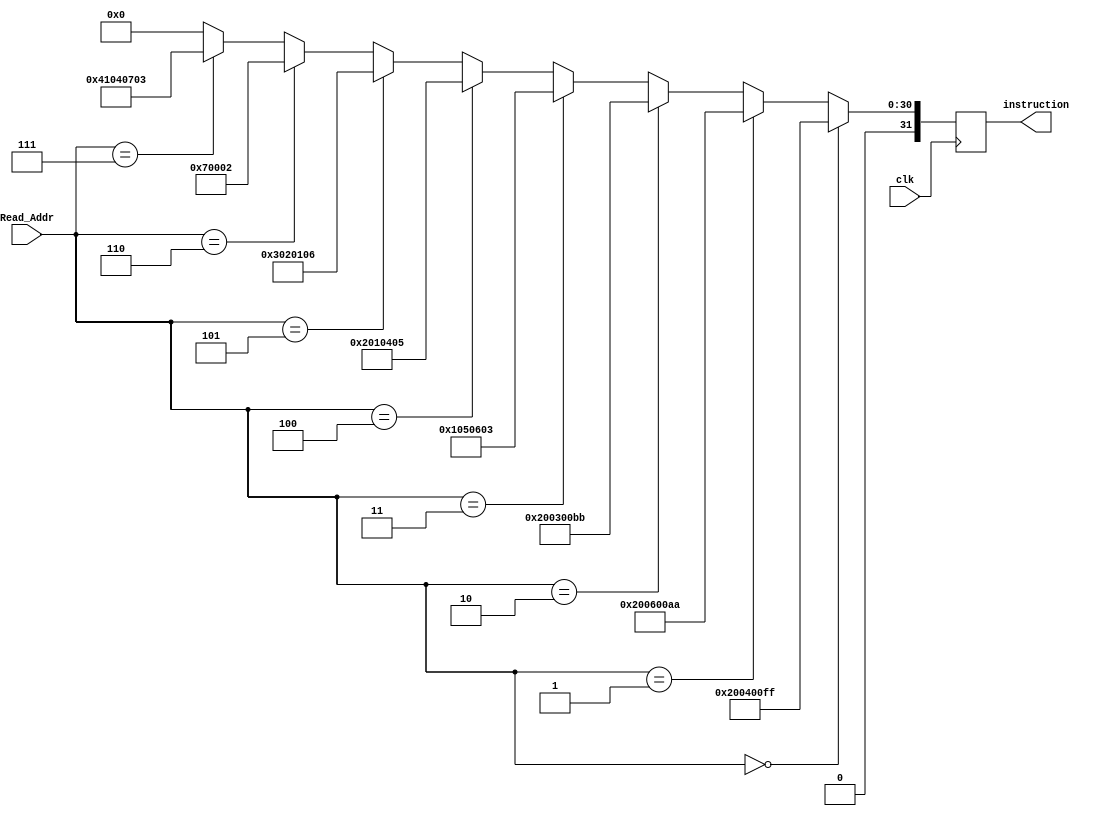
module Instruction_reg (clk, Read_Addr, instruction);
	input clk;
	input [31:0] Read_Addr;
	output [31:0] instruction;

	reg [31:0] instruction;
	reg [7:0]  in;

	always @(posedge clk) begin
			$display("-------------posedge clk--------------------\n");
		    #10 instruction = 	Read_Addr==0?32'b00100000000001000000000011111111:
								Read_Addr==1?32'b00100000000001100000000010101010:
								Read_Addr==2?32'b00100000000000110000000010111011:
								Read_Addr==3?32'b00000001000001010000011000000011:
								Read_Addr==4?32'b00000010000000010000010000000101:
								Read_Addr==5?32'b00000011000000100000000100000110:
								Read_Addr==6?32'b00000000000001110000000000000010:
								Read_Addr==7?32'b01000001000001000000011100000011:
						32'b00000000000000000000000000000000;
	end
	
endmodule